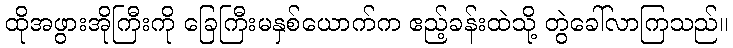
ထိုအဖွားအိုကြီးကို ခြေကြီးမနှစ်ယောက်က ဧည့်ခန်းထဲသို့ တွဲခေါ်လာကြသည်။